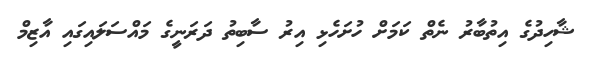
ޝާހިދުގެ އިތުބާރު ނެތް ކަމަށް ހުށަހެޅި އިރު ސާބިތު ދަރަނީގެ މައްސަލައިގައި އާޒިމް